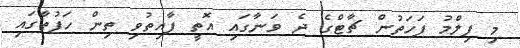
މި ފިލްމު ފަހަތުން ޗާޓްގެ ދެ ވަނާގައި އޮތީ ފާއިތުވި ތިން ހަފުތާގައި